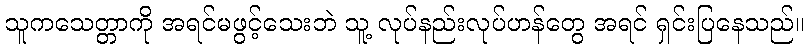
သူကသေတ္တာကို အရင်မဖွင့်သေးဘဲ သူ့ လုပ်နည်းလုပ်ဟန်တွေ အရင် ရှင်းပြနေသည်။